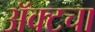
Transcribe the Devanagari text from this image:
अॅक्टचा